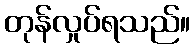
တုန်လှုပ်ရသည်။